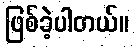
ဖြစ်ခဲ့ပါတယ်။